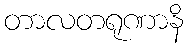
တာလတရုဏာနိ